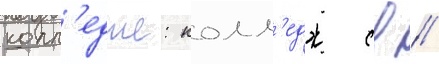
колл'едже: колл'едж св //